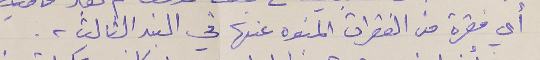
أي فقرة من الفقرات المنوه عنها في البند الثالث .